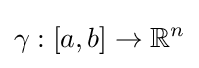
\gamma :[a,b]\to \mathbb {R} ^{n}